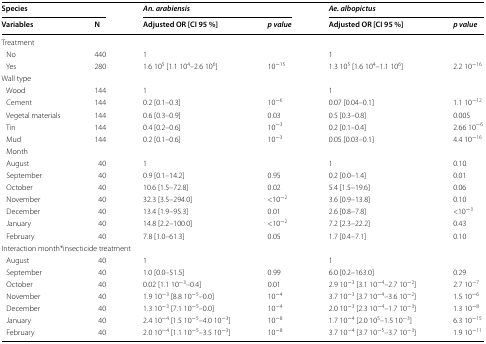
<table><thead><tr><td colspan="2"><b>Species</b></td><td colspan="2"><b><i>An. arabiensis</i></b></td><td colspan="2"><b><i>Ae. albopictus</i></b></td></tr><tr><td><b>Variables</b></td><td><b>N</b></td><td><b>Adjusted OR [CI 95 %]</b></td><td><b><i>p value</i></b></td><td><b>Adjusted OR [CI 95 %]</b></td><td><b><i>p value</i></b></td></tr></thead><tbody><tr><td colspan="6">Treatment</td></tr><tr><td> No</td><td>440</td><td>1</td><td></td><td>1</td><td></td></tr><tr><td> Yes</td><td>280</td><td>1.6 10<sup>5</sup> [1.1 10<sup>4</sup>–2.6 10<sup>6</sup>]</td><td>10<sup>−15</sup></td><td>1.3 10<sup>5</sup> [1.6 10<sup>4</sup>–1.1 10<sup>6</sup>]</td><td>2.2 10<sup>−16</sup></td></tr><tr><td colspan="6">Wall type</td></tr><tr><td> Wood</td><td>144</td><td>1</td><td></td><td>1</td><td></td></tr><tr><td> Cement</td><td>144</td><td>0.2 [0.1–0.3]</td><td>10<sup>−6</sup></td><td>0.07 [0.04–0.1]</td><td>1.1 10<sup>−12</sup></td></tr><tr><td> Vegetal materials</td><td>144</td><td>0.6 [0.3–0.9]</td><td>0.03</td><td>0.5 [0.3–0.8]</td><td>0.005</td></tr><tr><td> Tin</td><td>144</td><td>0.4 [0.2–0.6]</td><td>10<sup>−3</sup></td><td>0.2 [0.1–0.4]</td><td>2.66 10<sup>−6</sup></td></tr><tr><td> Mud</td><td>144</td><td>0.2 [0.1–0.6]</td><td>10<sup>−3</sup></td><td>0.05 [0.03–0.1]</td><td>4.4 10<sup>−16</sup></td></tr><tr><td colspan="6"> Month</td></tr><tr><td> August</td><td>40</td><td>1</td><td></td><td>1</td><td>0.10</td></tr><tr><td> September</td><td>40</td><td>0.9 [0.1–14.2]</td><td>0.95</td><td>0.2 [0.0–1.4]</td><td>0.01</td></tr><tr><td> October</td><td>40</td><td>10.6 [1.5–72.8]</td><td>0.02</td><td>5.4 [1.5–19.6]</td><td>0.06</td></tr><tr><td> November</td><td>40</td><td>32.3 [3.5–294.0]</td><td>&lt;10<sup>−2</sup></td><td>3.6 [0.9–13.8]</td><td>0.10</td></tr><tr><td> December</td><td>40</td><td>13.4 [1.9–95.3]</td><td>0.01</td><td>2.6 [0.8–7.8]</td><td>&lt;10<sup>−3</sup></td></tr><tr><td> January</td><td>40</td><td>14.8 [2.2–100.0]</td><td>&lt;10<sup>−2</sup></td><td>7.2 [2.3–22.2]</td><td>0.43</td></tr><tr><td> February</td><td>40</td><td>7.8 [1.0–61.3]</td><td>0.05</td><td>1.7 [0.4–7.1]</td><td>0.10</td></tr><tr><td colspan="6">Interaction month*insecticide treatment</td></tr><tr><td> August</td><td>40</td><td>1</td><td></td><td>1</td><td></td></tr><tr><td> September</td><td>40</td><td>1.0 [0.0–51.5]</td><td>0.99</td><td>6.0 [0.2–163.0]</td><td>0.29</td></tr><tr><td> October</td><td>40</td><td>0.02 [1.1 10<sup>−3</sup>–0.4]</td><td>0.01</td><td>2.9 10<sup>−3</sup> [3.1 10<sup>−4</sup>–2.7 10<sup>−2</sup>]</td><td>2.7 10<sup>−7</sup></td></tr><tr><td> November</td><td>40</td><td>1.9 10<sup>−3</sup> [8.8 10<sup>−5</sup>–0.0]</td><td>10<sup>−4</sup></td><td>3.7 10<sup>−3</sup> [3.7 10<sup>−4</sup>–3.6 10<sup>−2</sup>]</td><td>1.5 10<sup>−6</sup></td></tr><tr><td> December</td><td>40</td><td>1.3 10<sup>−3</sup> [7.1 10<sup>−5</sup>–0.0]</td><td>10<sup>−4</sup></td><td>2.0 10<sup>−3</sup> [2.3 10<sup>−4</sup>–1.7 10<sup>−3</sup>]</td><td>1.3 10<sup>−8</sup></td></tr><tr><td> January</td><td>40</td><td>2.4 10<sup>−4</sup> [1.5 10<sup>−5</sup>–4.0 10<sup>−3</sup>]</td><td>10<sup>−8</sup></td><td>1.7 10<sup>−4</sup> [2.0 10<sup>5</sup>–1.5 10<sup>−3</sup>]</td><td>6.3 10<sup>−15</sup></td></tr><tr><td> February</td><td>40</td><td>2.0 10<sup>−4</sup> [1.1 10<sup>−5</sup>–3.5 10<sup>−3</sup>]</td><td>10<sup>−8</sup></td><td>3.7 10<sup>−4</sup> [3.7 10<sup>−5</sup>–3.7 10<sup>−3</sup>]</td><td>1.9 10<sup>−11</sup></td></tr></tbody></table>